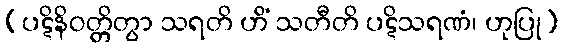
(ပဋိနိဝတ္တိတွာ သရတိ ဟိံ သတီတိ ပဋိသရဏံ၊ ဟုပြု)